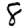
Digit: 8